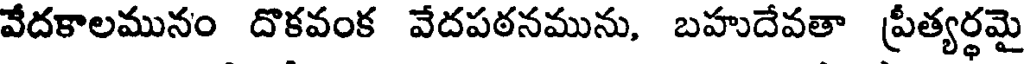
వేదకాలమునం దొకవంక వేదపఠనమును, బహుదేవతా ప్రీత్యర్థమై